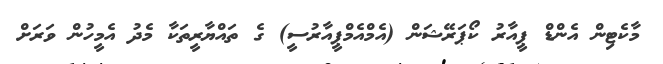
މާކެޓިން އެންޑް ޕީއާރު ކޯޕަރޭޝަން (އެމްއެމްޕީއާރުސީ) ގެ ތައްޔާރީތަކާ މެދު އެމީހުން ވަރަށް